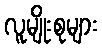
လူမျိုးစုများ